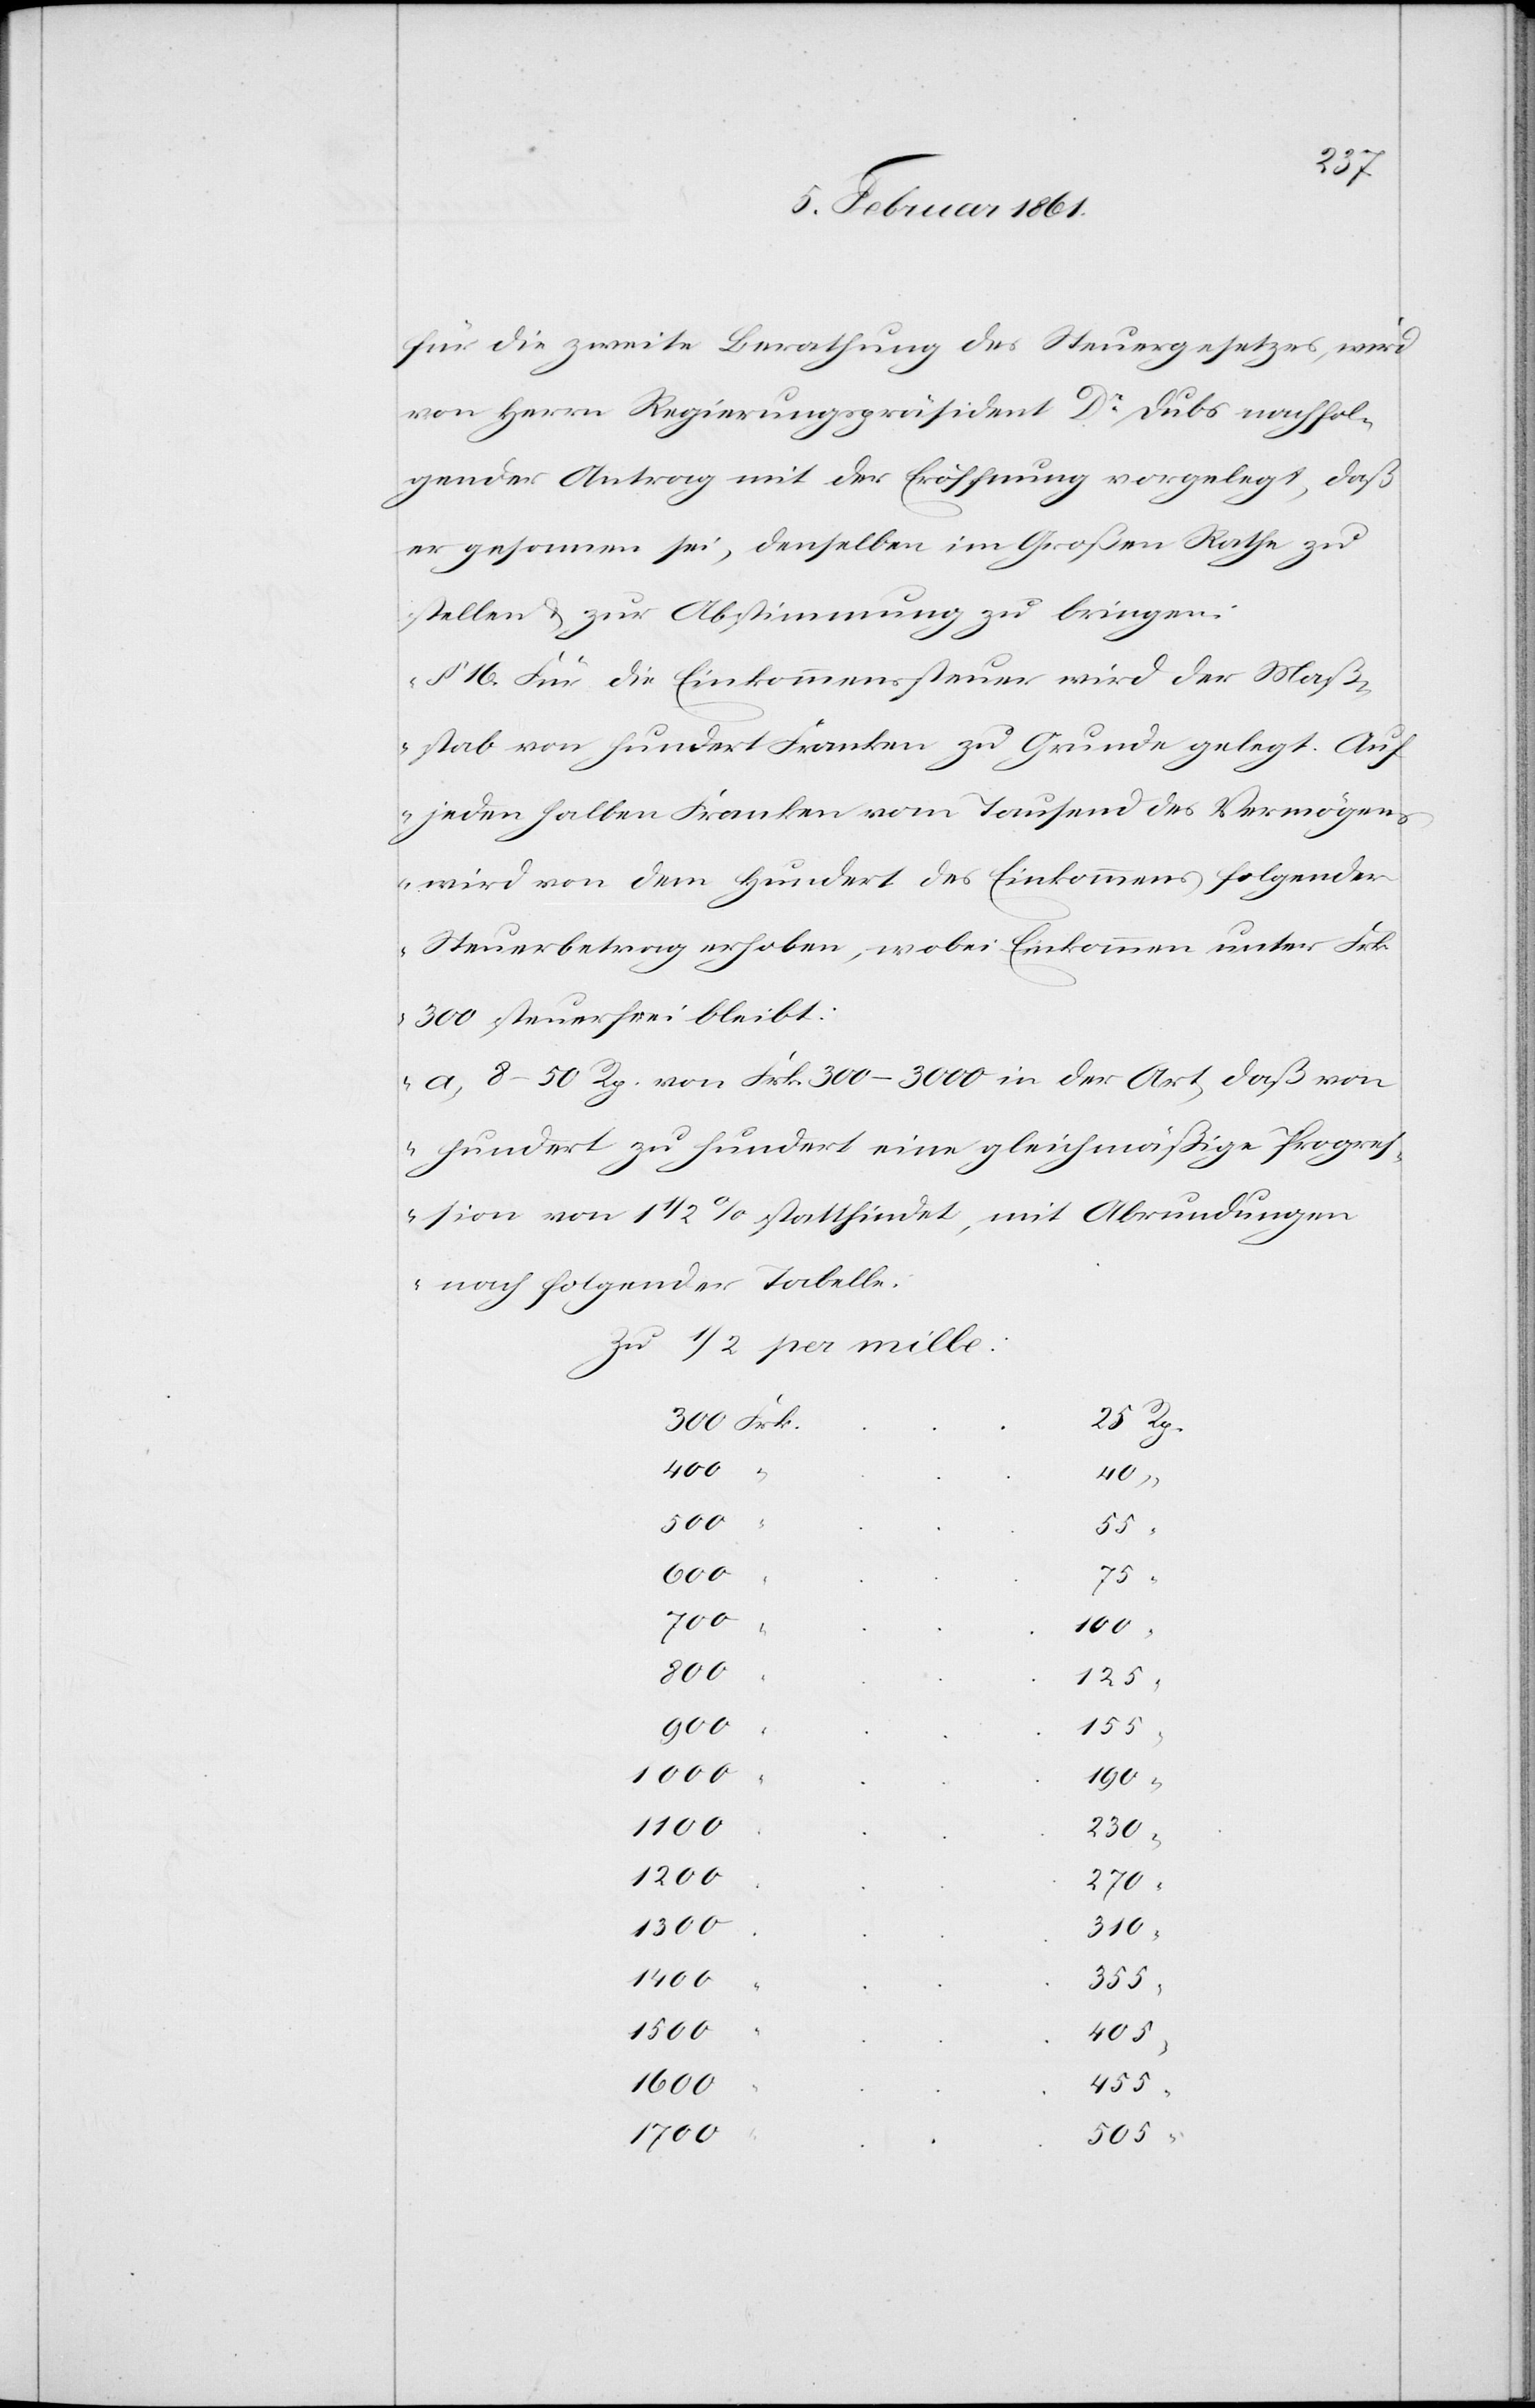
Rp.
für die zweite Berathung des Steuergesetzes, wird
von Herrn Regierungspräsident Dr. Dubs nachfol¬
gender Antrag mit der Eröffnung vorgelegt, daß
er gesonnen sei, denselben im Großen Rathe zu
stellen u. zur Abstimmung zu bringen:
„§ 16 Für die Einkommenssteuer wird der Maß¬
stab von hundert Franken zu Grunde gelegt. Auf
jeden halben Franken vom Tausend des Vermögen¬
s wird von dem Hundert des Einkommens folgender
Steuerbetrag erhoben, wobei Einkommen unter Frk.
300 steuerfrei bleibt:
a) 8–50 Rp. von Frk. 300–3000 in der Art, daß von
hundert zu hundert eine gleichmäßige Progres¬
sion von 1 1/2 % stattfindet, mit Abrundungen
nach folgender Tabelle.
Zu 1/2 per mille
400
40
500
55
75
100
800
“
125
900
155
1000
190
1100
230
1200
270
1300
310
1400
355
1500
405
1600
455
1700
505